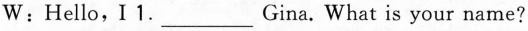
w : Hello, I 1. ___ Gina. What is your name?